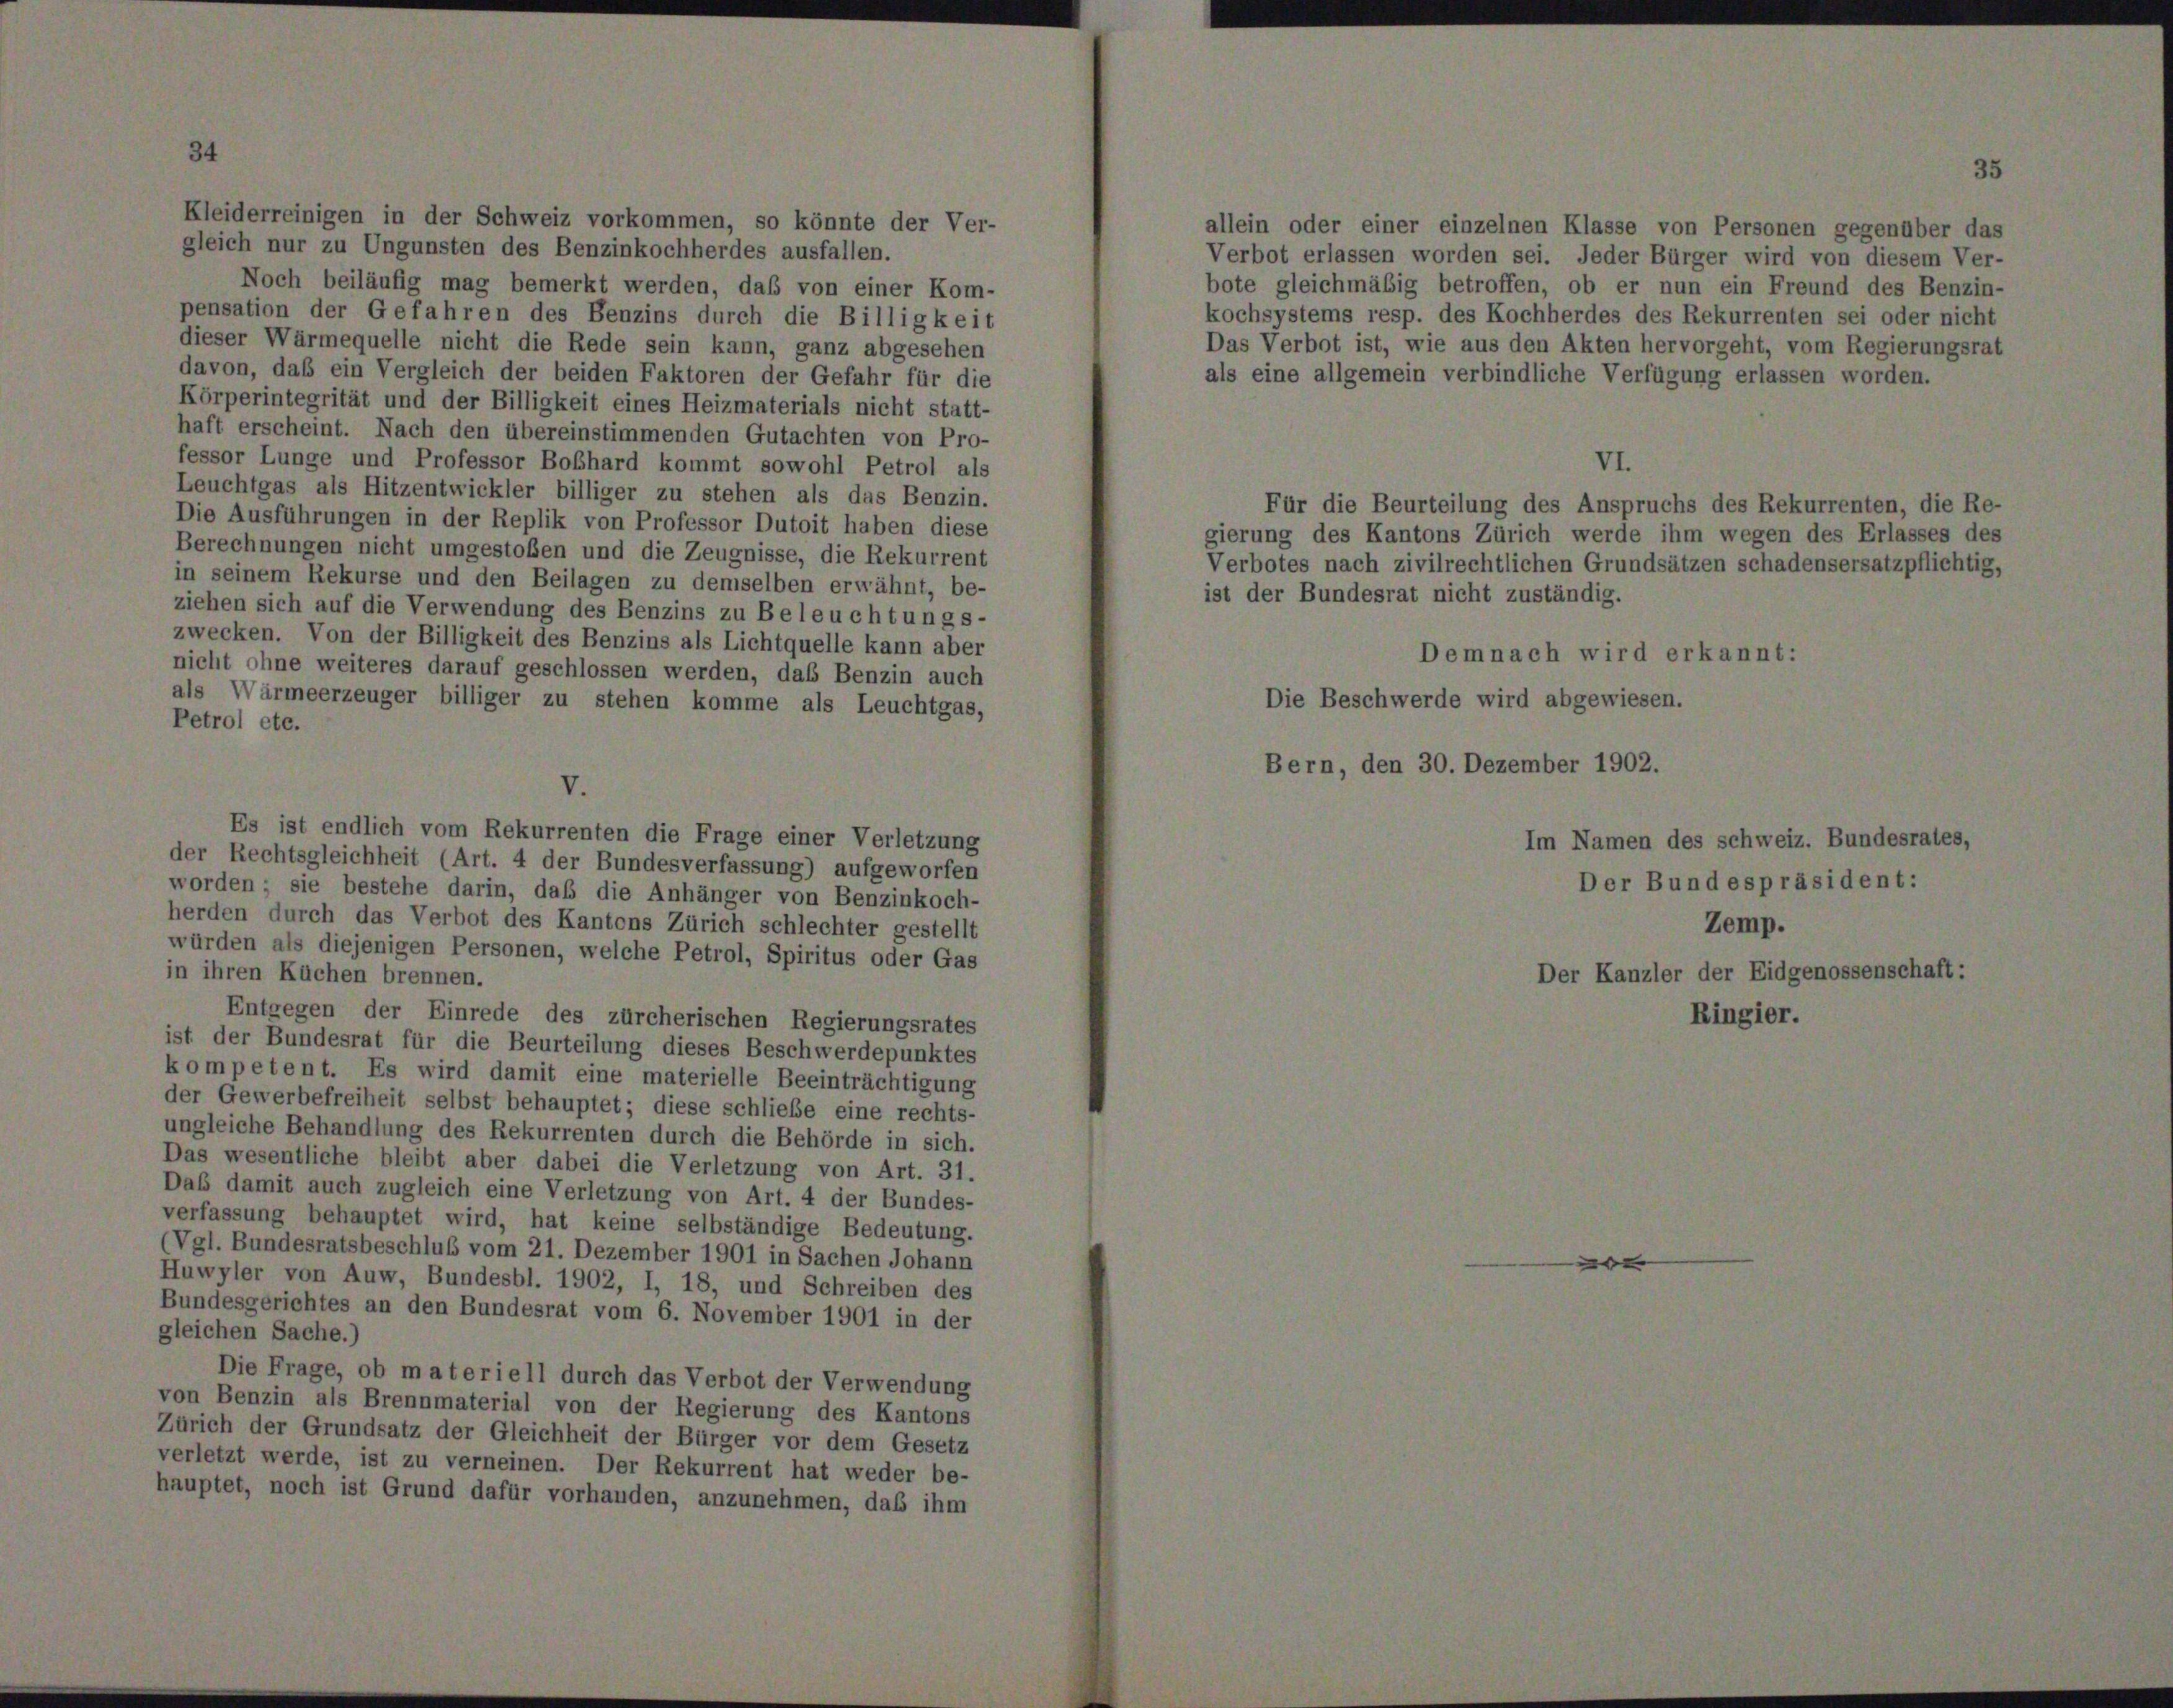
A 1

gleich nur zu Ungunsten des Benzinkochherdes ausfallen.
Noch beiläufig mag bemerkt werden, daß von einer Kom-
pensation der Gefahren des Benzins durch die Billigkeit
dieser Wärmequelle nicht die Rede sein kann, ganz abgesehen
davon, daß ein Vergleich der beiden Faktoren der Gefahr für die
Körperintegrität und der Billigkeit eines Heizmaterials nicht statt-
haft erscheint. Nach den übereinstimmenden Gutachten von Pro-
fessor Lunge und Professor Boßhard kommt sowohl Petrol als
Leuchtgas als Hitzentwickler billiger zu stehen als das Benzin.
Die Ausführungen in der Replik von Professor Dutoit haben diese
Berechnungen nicht umgestoßen und die Zeugnisse, die Rekurrent
in seinem Rekurse und den Beilagen zu demselben erwähnt, be-
ziehen sich auf die Verwendung des Benzins zu Beleuchtungs-
zwecken. Von der Billigkeit des Benzins als Lichtquelle kann aber
nicht ohne weiteres darauf geschlossen werden, das Benzin auch
als Wärmeerzeuger billiger zu stehen komme als Leuchtgas,
Petrol etc.
V.
Es ist endlich vom Rekurrenten die Frage einer Verletzung
der Rechtsgleichheit (Art. 4 der Bundesverfassung) aufgeworfen
worden sie bestehe darin, daß die Anhänger von Benzinkoch-
herden durch das Verbot des Kantons Zürich schlechter gestellt
würden als diejenigen Personen, welche Petrol, Spiritus oder Gas
in ihren Küchen brennen.
Entgegen der Einrede des zürcherischen Regierungsrates
ist der Bundesrat für die Beurteilung dieses Beschwerdepunktes
kompetent. Es wird damit eine materielle Beeinträchtigung
der Gewerbefreiheit selbst behauptet; diese schließe eine rechts-
ungleiche Behandlung des Rekurrenten durch die Behörde in sich.
Das wesentliche bleibt aber dabei die Verletzung von Art. 31.
Das damit auch zugleich eine Verletzung von Art. 4 der Bundes-
verfassung behauptet wird, hat keine selbständige Bedeutung.
Vgl. Bundesratsbeschluß vom 21. Dezember 1901 in Sachen Johann
Huwyler von Auw, Bundesbl. 1902, I, 18, und Schreiben des
Bundesgerichtes an den Bundesrat vom 6. November 1901 in der
gleichen Sache.)
Die Frage, ob materiell durch das Verbot der Verwendung
von Benzin als Brennmaterial von der Regierung des Kantons
Zürich der Grundsatz der Gleichheit der Bürger vor dem Gesetz
verletzt werde, ist zu verneinen. Der Rekurrent hat weder be-
hauptet, noch ist Grund dafür vorhanden, anzunehmen, daß ihm

allein oder einer einzelnen Klasse von P.
Verbot erlassen worden sei. Jeder Bürger
bote gleichmäßig betroffen, ob er nun ei
kochsystems resp. des Kochherdes des Reku
Das Verbot ist, wie aus den Akten hervorge
als eine allgemein verbindliche Verfügung s

Für die Beurteilung des Anspruchs des
gierung des Kantons Zürich werde ihm wege
Verbotes nach zivilrechtlichen Grundsätzen sch
ist der Bundesrat nicht zuständig.
Demnach wird erkann
Die Beschwerde wird abgewiesen.
Bern, den 30. Dezember 1902.

von dies